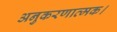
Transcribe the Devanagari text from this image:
अनुकरणात्मक।